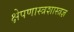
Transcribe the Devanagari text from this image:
क्षेपणास्त्रशास्त्रज्ञ